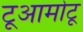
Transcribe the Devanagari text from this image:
टूआमोटू